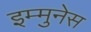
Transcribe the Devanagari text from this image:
इम्मुनेस